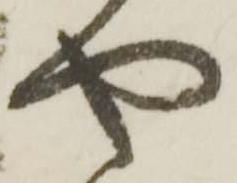
や